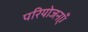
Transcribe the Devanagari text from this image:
परियोजनएँ